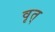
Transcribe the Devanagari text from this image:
वृत्